Leaving Certificate Examination (including Day School Certificate (Higher) General paper), 1928
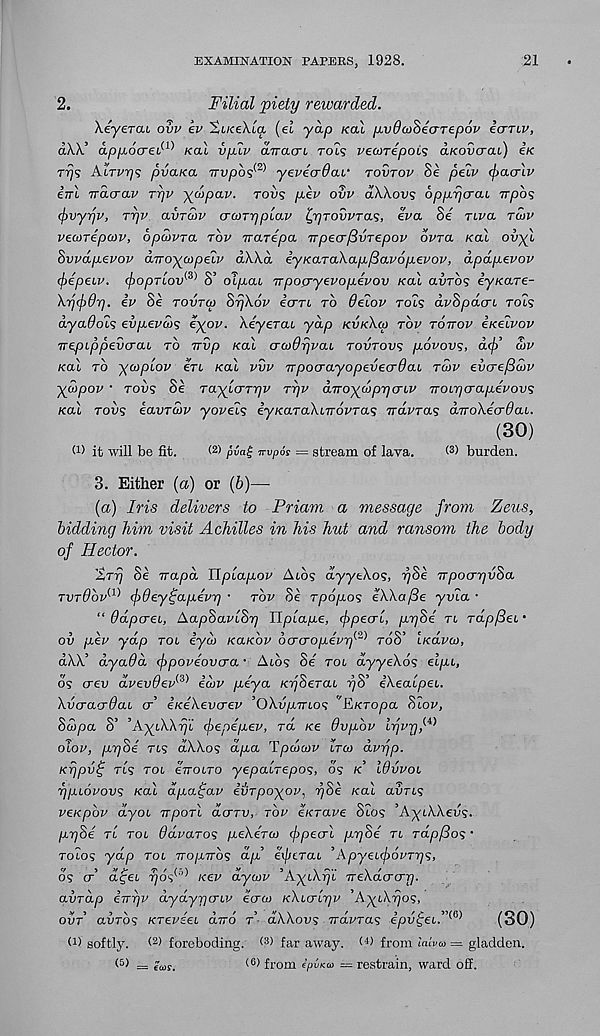
EXAMINATION PAPERS, 1928.
21
2.
Filial piety rewarded.
Xeyerau ovv ev 'ZuceXia (el yap KCU yvOcoSearepov icmv,
?\\3C
'CD
\ C ^ y
--N
/
.3^
\
3
OLKK apfiocreC' ' /ecu vpav anacn TOLS vecorepois aKovcrai) e/c
rrjs Alrwry; pvaKa Trvpbs^ yevecrdcu' TOVTOV 8e peiv (f>acrlv
itrl Tracrav TTJV ydpav. TOP? pev ovv dWovs opprjerai Trpbs
(jivyr/v, Tyv avTa>v (Ton'qplu.v Ir/TovvTas, eva Se riva TMV
vecorepcov, opcovra TOP Trarepa TrpecrfBvTepov OVTCL KCLI ovyl
Svvdpevov dvoyotpeiv bXkd iyKaTaXapfiavopevov, apdpevov
(jiepeiv. cfiopTLov^ S’ oip.cu npop-yevopevov KCU avro? ey/care-
\rj(j)0r]. iv Se TOVTM SrjXov icm TO 6eiov rols dvSpdcn TOLS
dyado'i'; evpevd>s ^X ov ' Xeyercu yap KVKXCO TOV TOTTOV eKeivov
Trepippevcrai TO Trvp Kal crcoOrjvai TOVTOVS povovs, d(j) , a>v
Kal TO ycoplov eTi Kal vvv Trpocrayopevecrdai TWV everefidv
ydpov • TOPS Se ra^icrTrjv Trjv aTro^ojprjcriv TroirjcrapLevovs
Kal TOVS eavTcov yoveis ey/caraXiTro^ras iravras anoXecrOaL.
(30)
(D it will be fit.
( 2 > pvag nvpos = stream of lava.
( 3 ) burden.
3. Either (a) or (b)—
(a) Iris delivers to Priam a message from Zeus,
bidding him visit Achilles in his hut and ransom the body
of Hector.
XTT) Se irapd Uplapov Atos dyyeXos, r/Se TrpocrrjvSa
TVTOOV^ fdeyijapevr] ■ TOP Se Tpopos eXXa/3e yvia •
“ Odpcrei, AapSavlSr) Uplape, fpeau, pySe TL TapfSeu ’
ov pev ydp TOL ey&i KUKOV bo-aopevif^ TOS’ iKava),
dXX’ dyada fpoveovo’a • Atos Se^ TOL dyyeXos elpi,
05 crev dvev0ev (3) ediv peya KrjSeTaL r/S’ eXealpei.
Xvo-acrdaL cr’ eKeXevcrev ’0XvpTTL0<; ’'EKTopa Slav,
Scbpa S’ ’A-^LXXrjl fepepev, Ta Ke Ovpbv Irjvrj^
oiov, pySe Tt5 dXXos dpa Tpdcov LTCO dvrjp.
Kr)pv£ TL5 TOL eiTOLTO yepa'iTepos, 05 K WVVOL
rjpLovovs Kal dpa^av evTpoyov, ySe Kal avTLS
veKpbv dyot irpoTl acrTU, TOP e/CTape S105 ’AyiWeus-
pr/Se TL TOL ddvaTOS peXe.TU> fpecrl pr/Se TL rdp/Sos •
T01.05 ydp TOL TTopTros dp eificTaL ’ApyeLfovTrjs,
05 cr’ afei r/op’ /cep dywv ’AyiAry TreXacrcrr).
avTap enrjv dydyrjcrLV ecrw KXLO-LTJV ’A^t\7)os,
OVT auT05 KTeveeL duo T dXXovs TTIVTas ipv£eL.” m
(30)
(!) softly.
foreboding.
far away.
from laiva = gladden.
(5) _
from ipvKa = restrain, ward off.